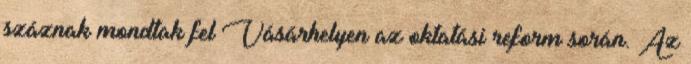
száznak mondtak fel Vásárhelyen az oktatási reform során. Az